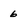
Character: 6